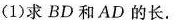
(1) 求 BD 和 AD 的长.